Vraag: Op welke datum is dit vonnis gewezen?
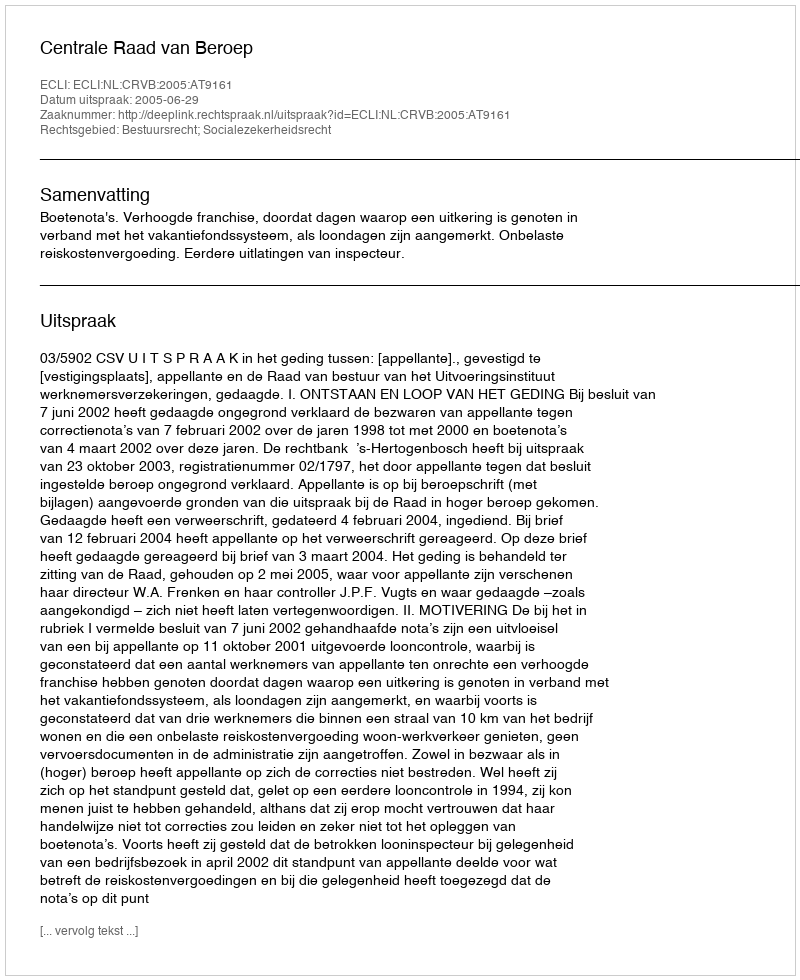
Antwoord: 2005-06-29